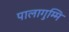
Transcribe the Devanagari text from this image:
पालागुम्मि